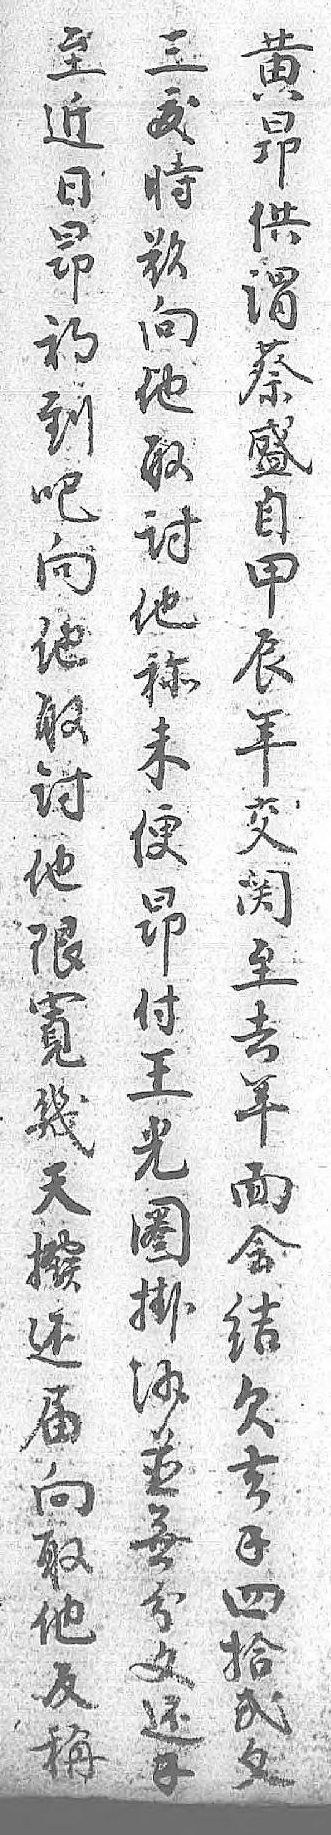
至黄三近昻犮日供時昻谓欲初蔡向到盛他吧自取向甲讨他辰他取年称讨交未他関便限至昻寬去付幾年王天面光撥会圈还结掛届欠沙向去並取錢無他四分反拾文稱弍还 文錢